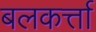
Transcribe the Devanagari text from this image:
बलकर्त्ता